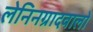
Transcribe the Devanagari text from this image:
लेनिनग्रादवालों